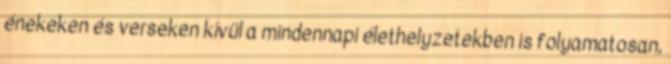
énekeken és verseken kívül a mindennapi élethelyzetekben is folyamatosan,